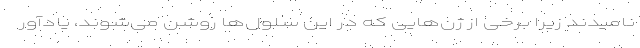
نامیدند زیرا برخی از ژن‌هایی که در این سلول‌ها روشن می‌شوند، یادآور